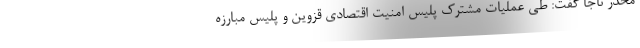
مخدر ناجا گفت: طی عملیات مشترک پلیس امنیت اقتصادی قزوین و پلیس مبارزه